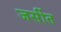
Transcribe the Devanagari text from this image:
जर्सीत